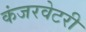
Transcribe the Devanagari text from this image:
कंजरवेटरी